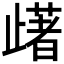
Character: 𣦡